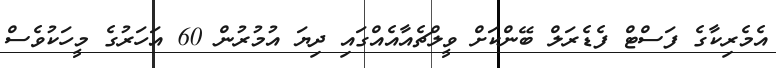
އެމެރިކާގެ ފަސްޓް ފެޑެރަލް ބޭންކަށް ވީލްޗެއާއެއްގައި ދިޔަ އުމުރުން 60 އަހަރުގެ މީހަކުވެސް